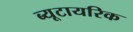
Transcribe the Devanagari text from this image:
ब्यूटायरिक